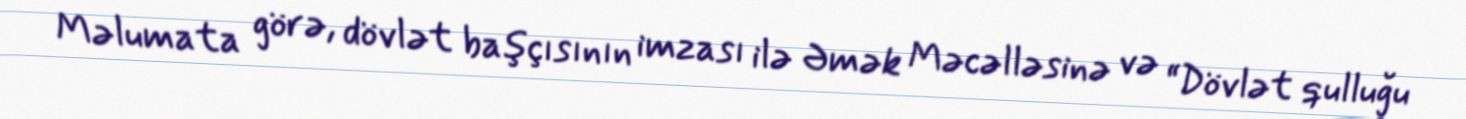
Məlumata görə, dövlət başçısının imzası ilə Əmək Məcəlləsinə və “Dövlət qulluğu